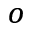
^ { o }